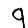
Digit: 9